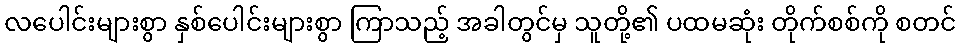
လပေါင်းများစွာ နှစ်ပေါင်းများစွာ ကြာသည့် အခါတွင်မှ သူတို့၏ ပထမဆုံး တိုက်စစ်ကို စတင်